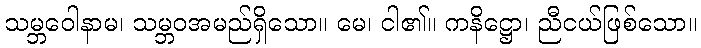
သမ္ဘဝေါနာမ၊ သမ္ဘဝအမည်ရှိသော။ မေ၊ ငါ၏။ ကနိဋ္ဌော၊ ညီငယ်ဖြစ်သော။